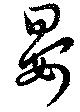
晏